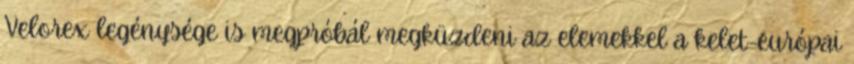
Velorex legénysége is megpróbál megküzdeni az elemekkel a kelet-európai